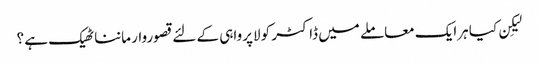
لیکِن کیا ہرایک معاملے میں ڈاکٹر کو لاپرواہی کے لئے قصوروار ماننا ٹھیک ہے ؟